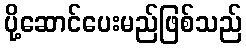
ပို့ဆောင်ပေးမည်ဖြစ်သည်